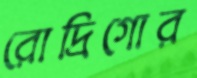
রোদ্রিগোর